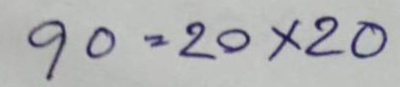
90 = 20x20